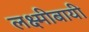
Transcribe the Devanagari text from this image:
लक्ष्मीबायी